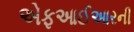
એફઆઈઆરની